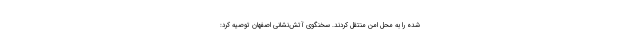
شده را به محل امن منتقل کردند. سخنگوی آتش‌نشانی اصفهان توصیه کرد: